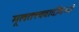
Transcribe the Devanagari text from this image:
मूलतत्त्ववादींमध्ये